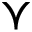
\curlyvee